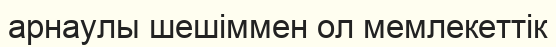
арнаулы шешіммен ол мемлекеттік